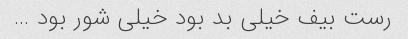
رست بیف خیلی بد بود خیلی شور بود …